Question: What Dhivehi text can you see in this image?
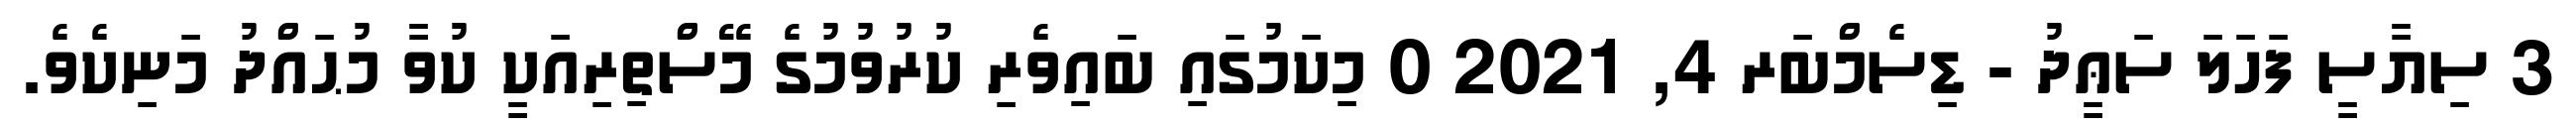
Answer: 3 ސިޔާސީ ފަހަލަ ސަޢީދު - ޑިސެމްބަރ 4, 2021 0 މިކަމުގައި ބައިވެރި ކުރުވުމުގެ މޭސްތިރިއަކީ ކުވާ މުޙައްދު މަނިކެވެ.